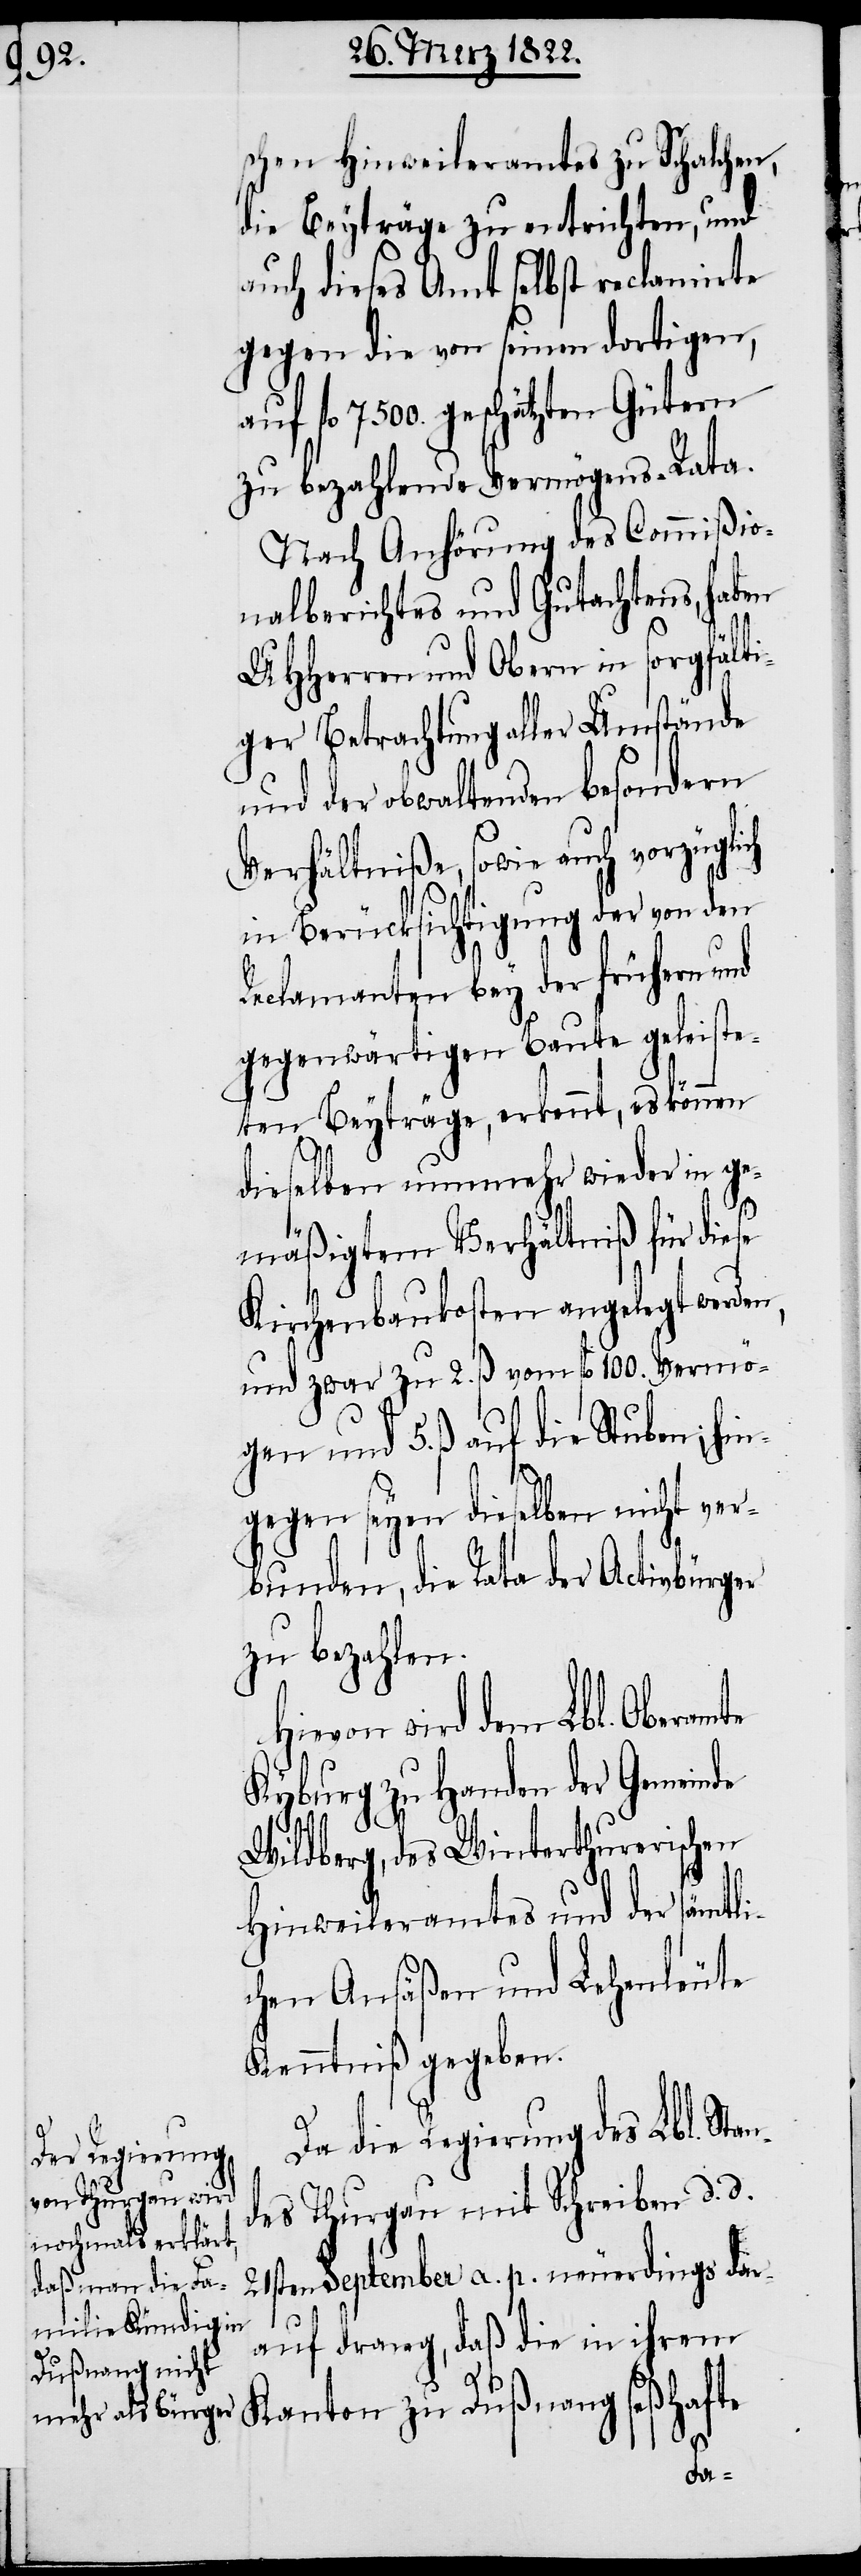
Da die Regierung des Lbl. St¬
des Thurgau mit Schreiben d. d.
21sten September a. p. neuerdings dar¬
auf drang, daß die in ihrem
an¬